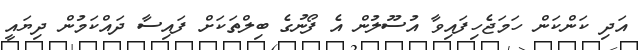
އަދި ކަންކަން ހަމަޖެހިފައިވާ އުސޫލުން އެ ފޯނުގެ ބިލްތަކަށް ފައިސާ ދައްކަމުން ދިޔައީ